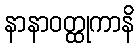
နာနာဝတ္ထုကာနိ